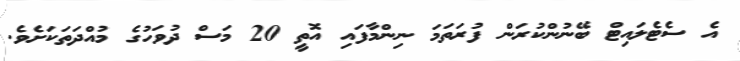
އެ ސެޓެލައިޓް ބޭނުންކުރަން ފުރަތަމަ ނިންމާފައި އޮތީ 20 މަސް ދުވަހުގެ މުއްދަތަކަށެވެ.